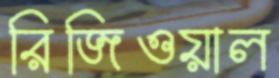
রিজিওয়াল